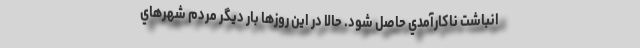
انباشت ناكارآمدي حاصل شود. حالا در اين روزها بار ديگر مردم شهرهاي